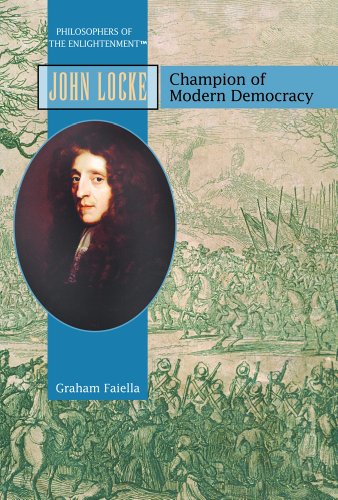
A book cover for John Locke: Champion of Modern Democracy (Philosophers of the Enlightenment); Graham Faiella; Teen & Young Adult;